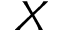
X